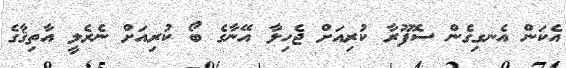
އެކަން އެނގިގެން ސޮފޫރާ ކުރިއަށް ޖެހިލާ އޭނާގެ ބޯ ކުރިއަށް ނެރެލީ އާތިޤާގެ